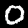
Label: 0